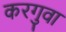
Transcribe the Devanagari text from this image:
करगुवा